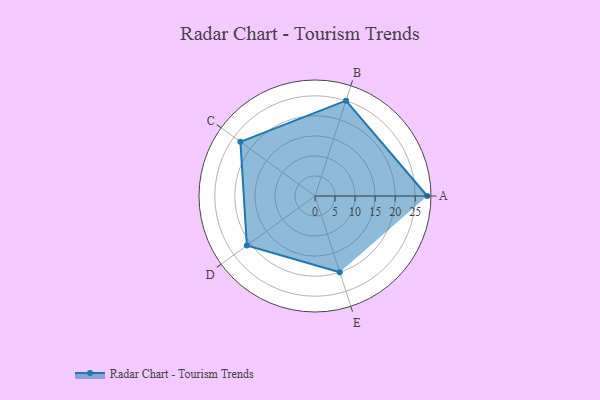
{"axis": {"x": "Skill", "y": "Score"}, "legend": ["Profile"], "data": [{"x": "A", "y": 28.0, "type": "Profile"}, {"x": "B", "y": 25.0, "type": "Profile"}, {"x": "C", "y": 23.0, "type": "Profile"}, {"x": "D", "y": 21.0, "type": "Profile"}, {"x": "E", "y": 20, "type": "Profile"}]}